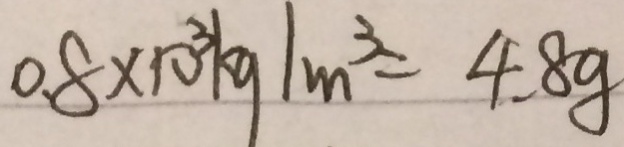
0 . 8 \times 1 0 ^ { 3 } k g / m ^ { 3 } = 4 . 8 g